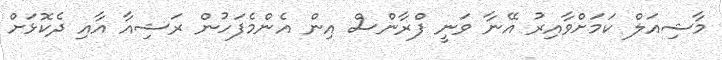
މާޝިއަލް ކަމަށްވާއިރު އޭނާ ވަނީ ފްރާންސް އިން އެންމެފަހުން ރަޝިއާ އާއި ދެކޮޅަށް